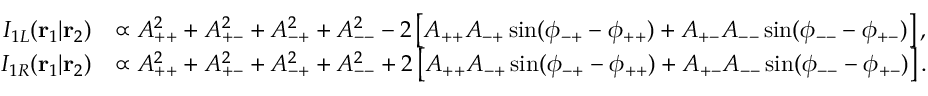
\begin{array} { r l } { I _ { 1 L } ( \mathbf { r } _ { 1 } | \mathbf { r } _ { 2 } ) } & { \propto A _ { + + } ^ { 2 } + A _ { + - } ^ { 2 } + A _ { - + } ^ { 2 } + A _ { -- } ^ { 2 } - 2 \left[ A _ { + + } A _ { - + } \sin ( \phi _ { - + } - \phi _ { + + } ) + A _ { + - } A _ { -- } \sin ( \phi _ { -- } - \phi _ { + - } ) \right] , } \\ { I _ { 1 R } ( \mathbf { r } _ { 1 } | \mathbf { r } _ { 2 } ) } & { \propto A _ { + + } ^ { 2 } + A _ { + - } ^ { 2 } + A _ { - + } ^ { 2 } + A _ { -- } ^ { 2 } + 2 \left[ A _ { + + } A _ { - + } \sin ( \phi _ { - + } - \phi _ { + + } ) + A _ { + - } A _ { -- } \sin ( \phi _ { -- } - \phi _ { + - } ) \right] . } \end{array}